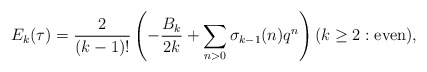
\begin{align*} E_k(\tau) = \frac{2}{(k-1)!}\left( -\frac{B_k}{2k} + \sum_{n>0} \sigma_{k-1}(n)q^n\right) (k\ge2:{\rm even}),\end{align*}